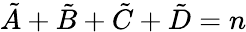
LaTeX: \tilde{A}+\tilde{B}+\tilde{C}+\tilde{D}=n